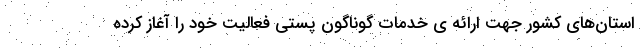
استان‌های کشور جهت ارائه ی خدمات گوناگون پستی فعالیت خود را آغاز کرده